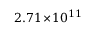
2 . 7 1 \! \times \! 1 0 ^ { 1 1 }